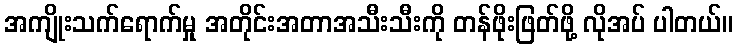
အကျိုးသက်ရောက်မှု အတိုင်းအတာအသီးသီးကို တန်ဖိုးဖြတ်ဖို့ လိုအပ် ပါတယ်။